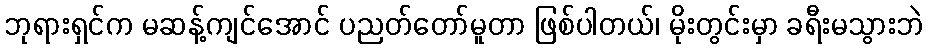
ဘုရားရှင်က မဆန့်ကျင်အောင် ပညတ်တော်မူတာ ဖြစ်ပါတယ်၊ မိုးတွင်းမှာ ခရီးမသွားဘဲ